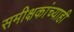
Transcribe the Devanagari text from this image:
समीक्षकांच्याही